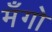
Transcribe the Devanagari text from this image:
मँगो